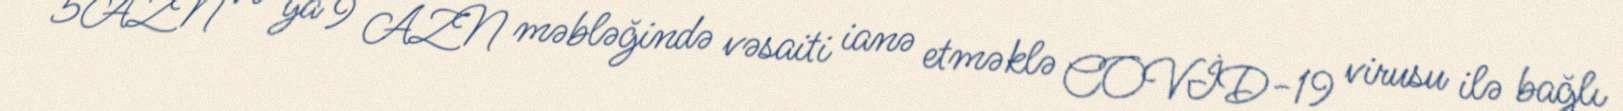
5AZN və ya 9 AZN məbləğində vəsaiti ianə etməklə COVİD-19 virusu ilə bağlı